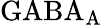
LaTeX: \mathrm{GABA_{A}}